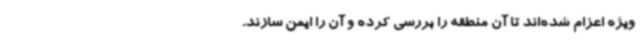
ویژه اعزام شده‌اند تا آن منطقه را بررسی کرده و آن را ایمن سازند.